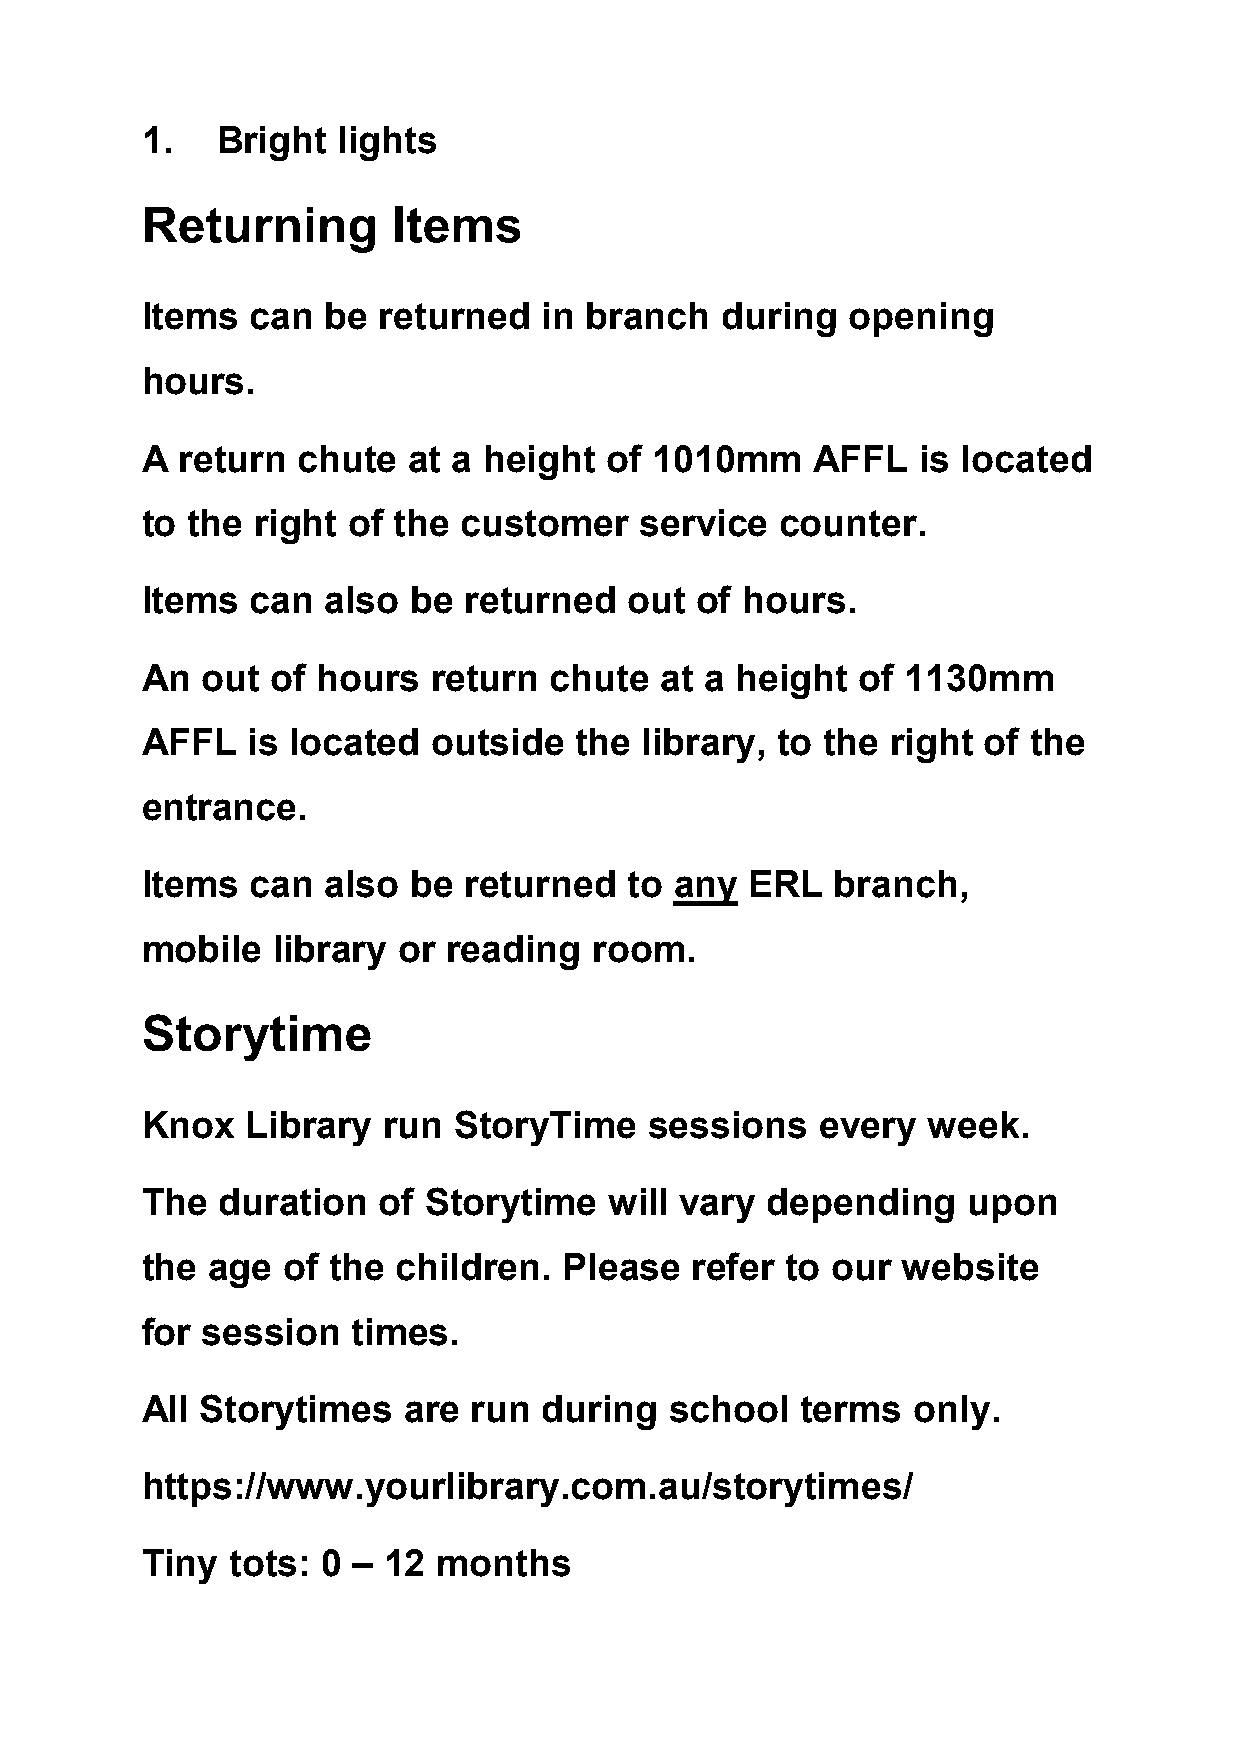
1.   Bright  lights
 Returning        Items
 Items   can  be returned   in branch   during  opening
 hours.
 A  return  chute  at a height  of 1010mm     AFFL   is located
 to the  right of the customer    service   counter.
 Items   can  also be  returned   out of hours.
 An  out  of hours   return chute   at a height  of 1130mm
 AFFL   is located   outside  the  library, to the right of the
 entrance.
 Items   can  also be  returned   to any  ERL  branch,
 mobile   library or  reading  room.
 Storytime
 Knox   Library  run  StoryTime    sessions   every  week.
 The  duration   of Storytime   will vary  depending    upon
 the  age  of the children.  Please   refer to our  website
 for session   times.
 All Storytimes    are run  during  school   terms  only.
 https://www.yourlibrary.com.au/storytimes/
 Tiny  tots: 0 – 12  months